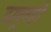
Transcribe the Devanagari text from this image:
दाबूनही